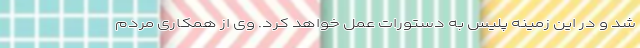
شد و در این زمینه پلیس به دستورات عمل خواهد کرد. وی از همکاری مردم